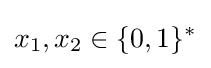
x_{1},x_{2}\in \{0,1\}^{*}